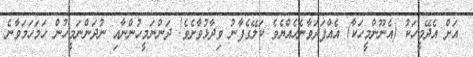
އަށް އެދޭމީހަކު (އެނޫންމީހަކާ) އެއްފަދަވާނެހެއްޔެވެ ކަލޭގެފާނު ވިދާޅުވާށެވެ! ދަންނަމީހުންނާއި ނުދަންނަމީހުން ހަމަހަމަވާނެ